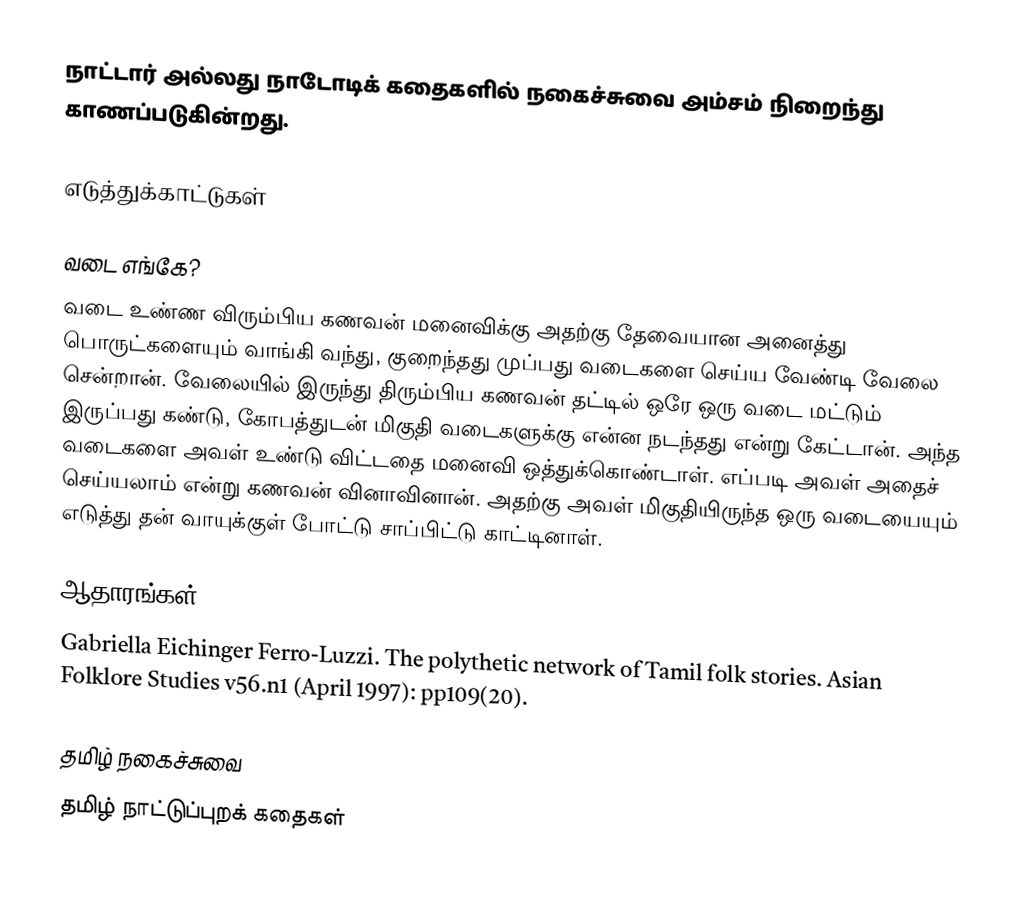
நாட்டார் அல்லது நாடோடிக் கதைகளில் நகைச்சுவை அம்சம் நிறைந்து காணப்படுகின்றது.

எடுத்துக்காட்டுகள்

வடை எங்கே?
வடை உண்ண விரும்பிய கணவன் மனைவிக்கு அதற்கு தேவையான அனைத்து பொருட்களையும் வாங்கி வந்து, குறைந்தது முப்பது வடைகளை செய்ய வேண்டி வேலை சென்றான்.  வேலையில் இருந்து திரும்பிய கணவன் தட்டில் ஒரே ஒரு வடை மட்டும் இருப்பது கண்டு, கோபத்துடன் மிகுதி வடைகளுக்கு என்ன நடந்தது என்று கேட்டான்.  அந்த வடைகளை அவள் உண்டு விட்டதை மனைவி ஒத்துக்கொண்டாள்.  எப்படி அவள் அதைச் செய்யலாம் என்று கணவன் வினாவினான்.  அதற்கு அவள் மிகுதியிருந்த ஒரு வடையையும் எடுத்து தன் வாயுக்குள் போட்டு சாப்பிட்டு காட்டினாள்.

ஆதாரங்கள்
 Gabriella Eichinger Ferro-Luzzi. The polythetic network of Tamil folk stories. Asian Folklore Studies v56.n1 (April 1997): pp109(20).

தமிழ் நகைச்சுவை
தமிழ் நாட்டுப்புறக் கதைகள்